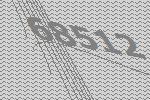
68512